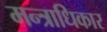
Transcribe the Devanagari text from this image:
मन्त्राधिकार